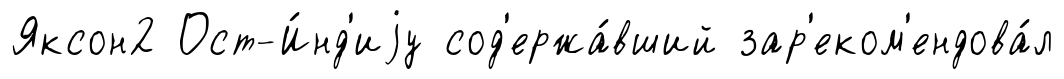
Яксон2 Ост-И́нд'иjу сод'ержа́вший зар'еком'ендова́л